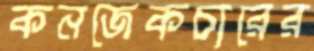
কনজেকচারের